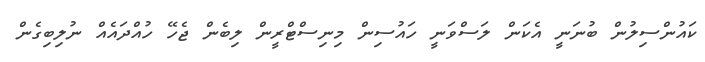
ކައުންސިލުން ބުނަނީ އެކަން ލަސްވަނީ ހައުސިން މިނިސްޓްރީން ލިބެން ޖެހޭ ހުއްދައެއް ނުލިބިގެން